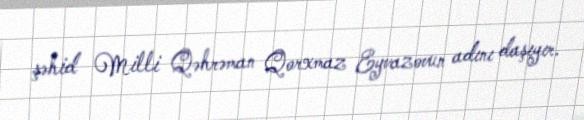
şəhid Milli Qəhrəman Qorxmaz Eyvazovun adını daşıyır.